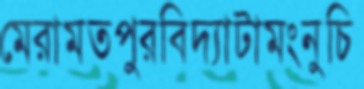
মেরামতপুরবিদ্যাটামংনুচি